Scottish Leaving Certificate Examination, 1961
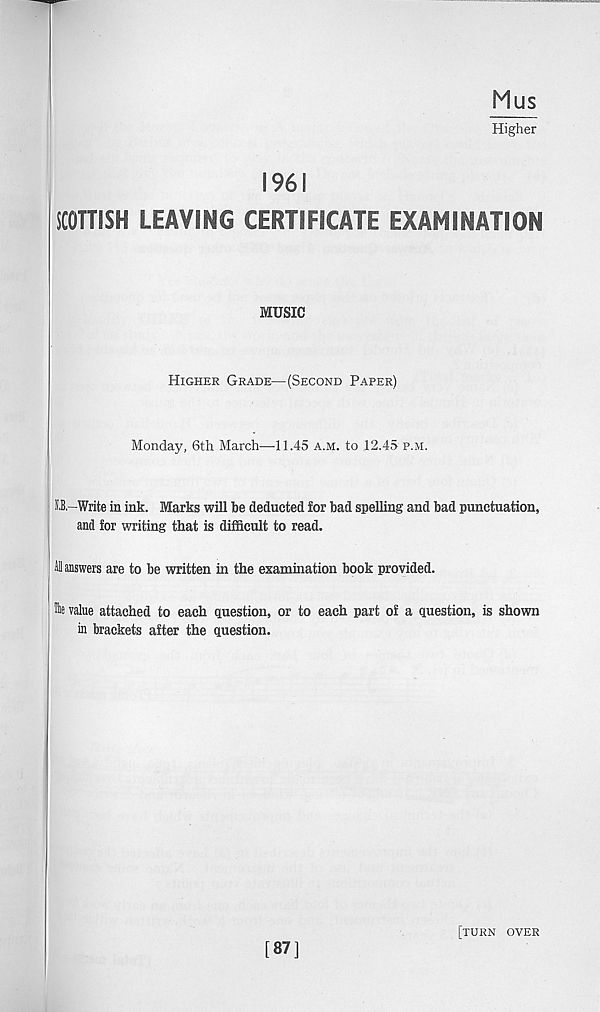
Mus
Higher
196!
SCOTTISH LEAVING CERTIFICATE EXAMINATION
MUSIC
Higher Grade—(Second Paper)
Monday, 6th March—11.45 a.m. to 12.45 p.m.
i.B—Write in ink. Marks will be deducted for bad spelling and bad punctuation,
and for writing that is difficult to read.
M answers are to be written in the examination book provided.
tte value attached to each question, or to each part of a question, is shown
in brackets after the question.
[87]
[turn over